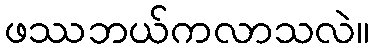
ဖဿဘယ်ကလာသလဲ။